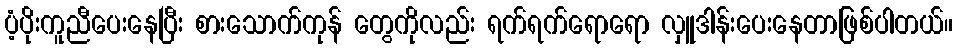
ပံ့ပိုးကူညီပေးနေပြီး စားသောက်ကုန် တွေကိုလည်း ရက်ရက်ရောရော လှူဒါန်းပေးနေတာဖြစ်ပါတယ်။